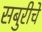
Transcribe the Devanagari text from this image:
सबुरीचे